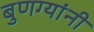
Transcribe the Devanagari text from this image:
बुणग्यांनी